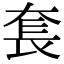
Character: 𡘷